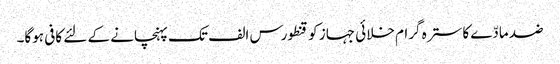
ضد مادّے کا سترہ گرام خلائی جہاز کو قنطورس الف تک پہنچانے کے لئے کافی ہوگا۔